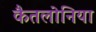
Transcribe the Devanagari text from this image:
कैतलोनिया